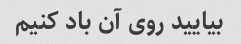
بیایید روی آن باد کنیم